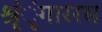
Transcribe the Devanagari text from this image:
श्रृंृंगाररस